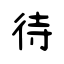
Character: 待